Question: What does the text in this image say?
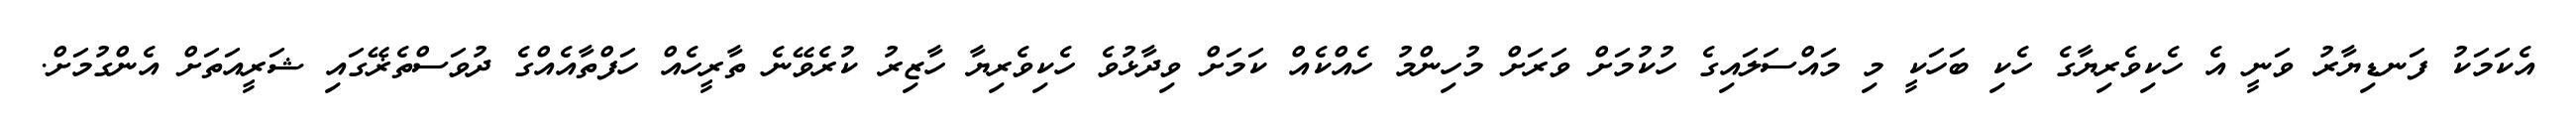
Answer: އެކަމަކު ފަނޑިޔާރު ވަނީ އެ ހެކިވެރިޔާގެ ހެކި ބަހަކީ މި މައްސަލައިގެ ހުކުމަށް ވަރަށް މުހިންމު ހެއްކެއް ކަމަށް ވިދާޅުވެ ހެކިވެރިޔާ ހާޒިރު ކުރެވޭނެ ތާރީހެއް ހަފްތާއެއްގެ ދުވަސްތެޜޭގައި ޝަރީއަތަށް އެންގުމަށް.